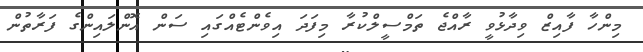
މިންހާ ފާއިޒް ވިދާޅުވީ ރާއްޖެ ތަމްސީލްކުރާ މިފަދަ އިވެންޓެއްގައި ސަން އޮންލައިންގެ ފަރާތުން